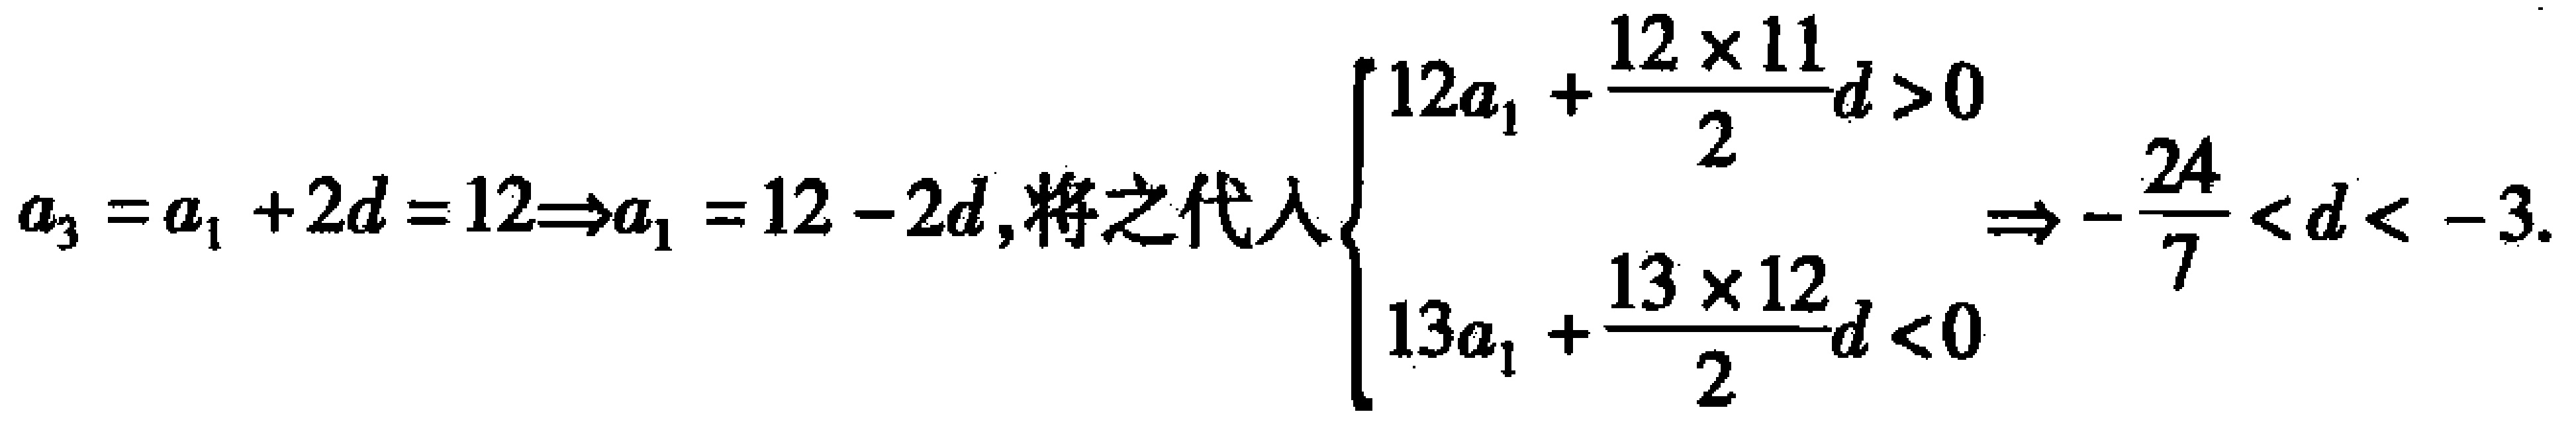
\(a_{3}=a_{1}+2d = 12\Rightarrow a_{1}=12 - 2d,\)将之代入\(\begin{cases}12a_{1}+\dfrac{12\times11}{2}d>0\\13a_{1}+\dfrac{13\times12}{2}d<0\end{cases}\Rightarrow-\dfrac{24}{7}<d<-3.\)